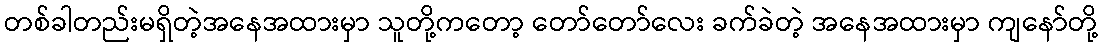
တစ်ခါတည်းမရှိတဲ့အနေအထားမှာ သူတို့ကတော့ တော်တော်လေး ခက်ခဲတဲ့ အနေအထားမှာ ကျနော်တို့